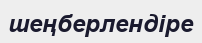
шеңберлендіре